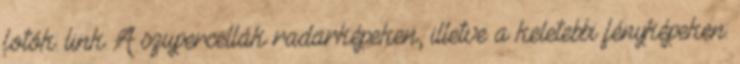
fotók: link A szupercellák radarképeken, illetve a keletebbi fényképeken: